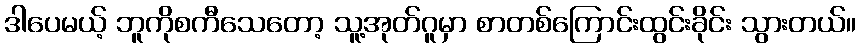
ဒါပေမယ့် ဘူကိုစကီသေတော့ သူ့အုတ်ဂူမှာ စာတစ်ကြောင်းထွင်းခိုင်း သွားတယ်။